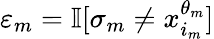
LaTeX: \varepsilon_{m}=\mathbb{I}[\sigma_{m}\neq x_{i_{m}}^{\theta_{m}}]